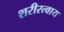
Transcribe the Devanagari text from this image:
शरीरत्वाय